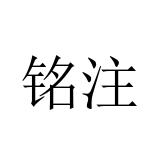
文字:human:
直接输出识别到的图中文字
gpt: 铭注